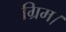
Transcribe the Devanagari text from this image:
ग्रिम।